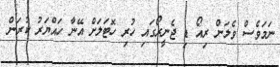
ނަމަވެސް ވެލަން ރިއޯ ޑި ޖެނީރޯގައި ހުރި ހޮޓަލަށް އޭނާ ހައްޔަރު ކުރަން